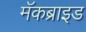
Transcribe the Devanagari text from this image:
मॅकब्राइड